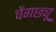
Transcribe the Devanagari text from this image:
चेंगछ्यू